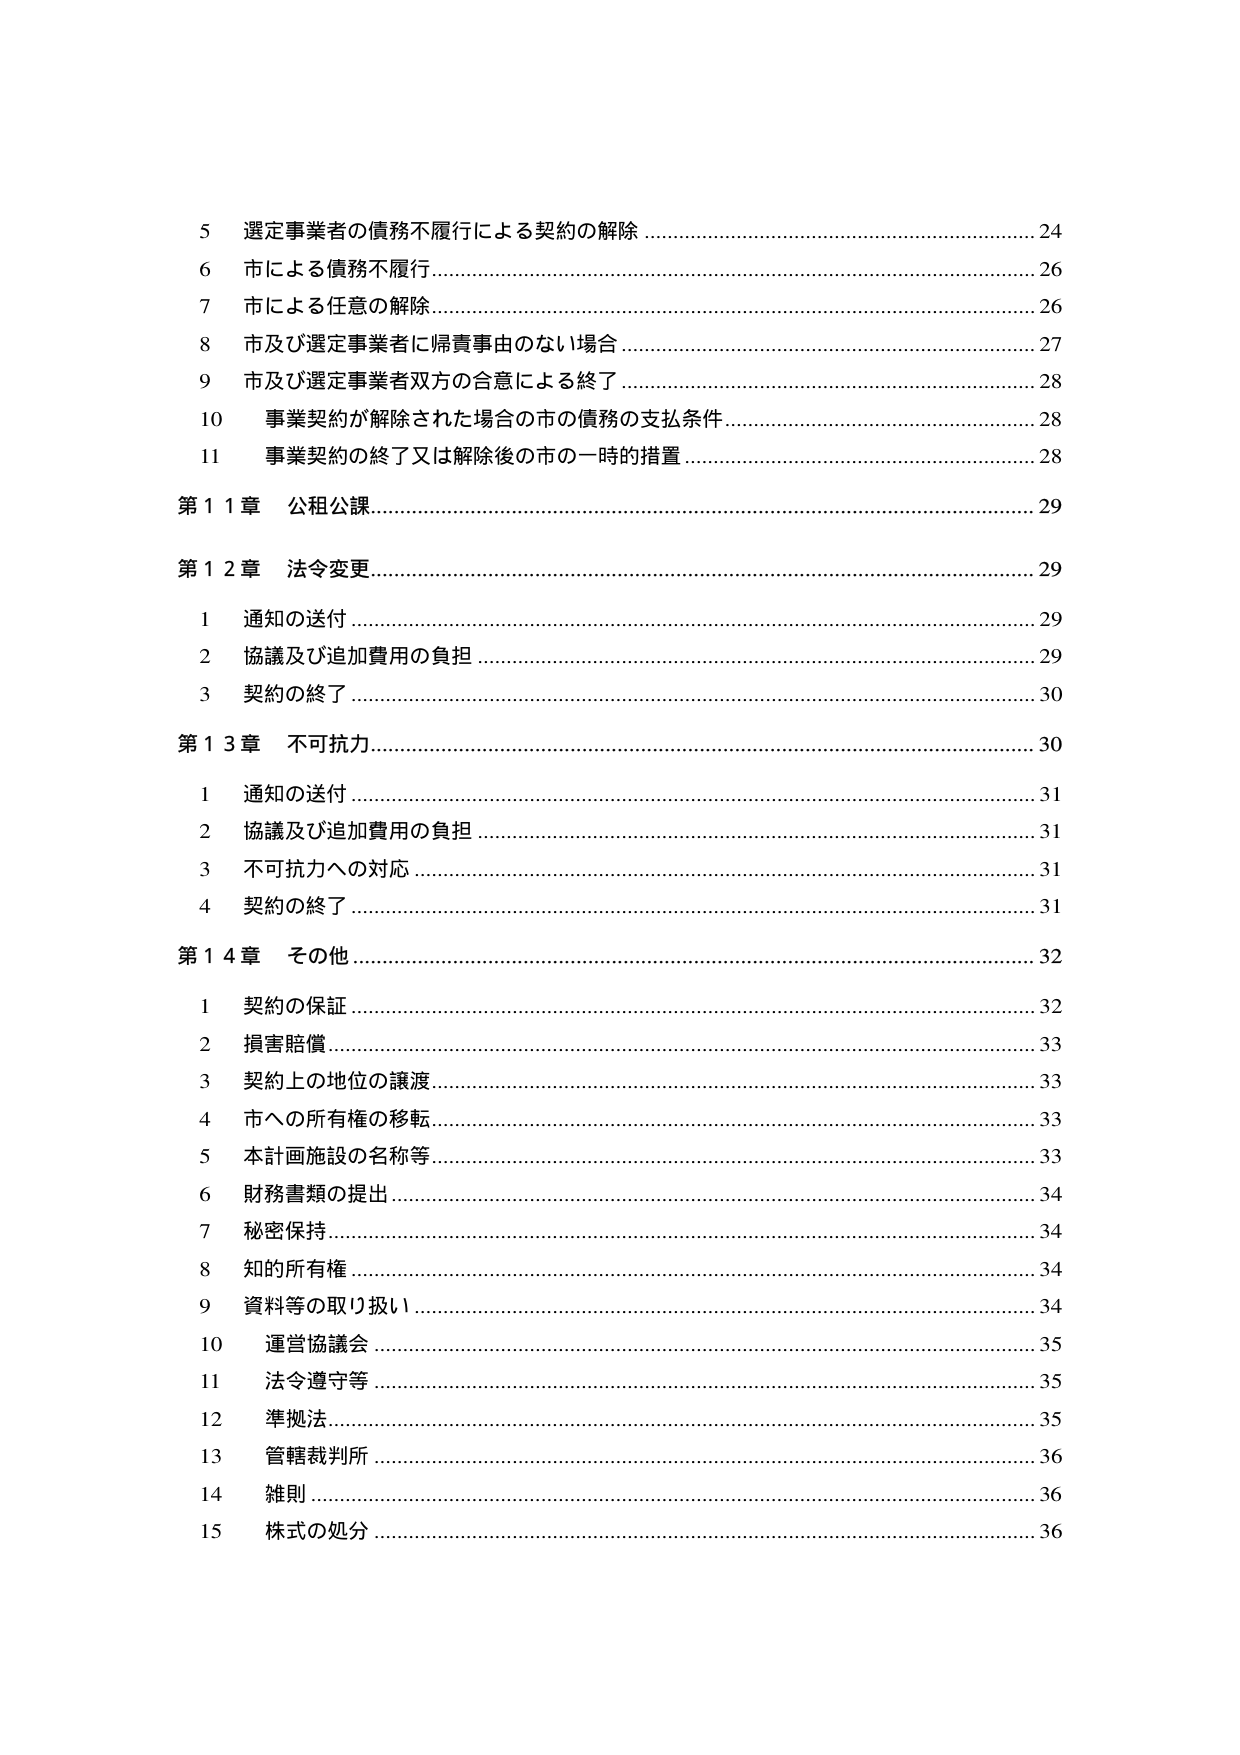
5 選定事業者の債務不履行による契約の解除 ………………………………………… 24
6 市による債務不履行 …………………………………………………………………… 26
7 市による任意の解除 ………………………………………………………………… 26
8 市及び選定事業者に帰責事由のない場合 ………………………………………… 27
9 市及び選定事業者双方の合意による終了 ………………………………………… 28
10 事業契約が解除された場合の市の債務の支払条件 …………………………… 28
11 事業契約の終了又は解除後の市の一時的措置 ………………………………… 28

第11章 公租公課 ……………………………………………………………………… 29

第12章 法令変更 ……………………………………………………………………… 29
　1 通知の送付 ………………………………………………………………………… 29
　2 協議及び追加費用の負担 ………………………………………………………… 29
　3 契約の終了 ………………………………………………………………………… 30

第13章 不可抗力 ……………………………………………………………………… 30
　1 通知の送付 ………………………………………………………………………… 31
　2 協議及び追加費用の負担 ………………………………………………………… 31
　3 不可抗力への対応 ………………………………………………………………… 31
　4 契約の終了 ………………………………………………………………………… 31

第14章 その他 ………………………………………………………………………… 32
　1 契約の保証 ………………………………………………………………………… 32
　2 損害賠償 …………………………………………………………………………… 33
　3 契約上の地位の譲渡 ……………………………………………………………… 33
　4 市への所有権の移転 ……………………………………………………………… 33
　5 本計画施設の名称等 ……………………………………………………………… 33
　6 財務書類の提出 …………………………………………………………………… 34
　7 秘密保持 …………………………………………………………………………… 34
　8 知的所有権 ………………………………………………………………………… 34
　9 資料等の取り扱い ………………………………………………………………… 34
　10 運営協議会 ………………………………………………………………………… 35
　11 法令遵守等 ………………………………………………………………………… 35
　12 準拠法 ……………………………………………………………………………… 35
　13 管轄裁判所 ………………………………………………………………………… 36
　14 雑則 ………………………………………………………………………………… 36
　15 株式の処分 ………………………………………………………………………… 36